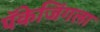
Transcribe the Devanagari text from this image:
पॅकेजिंगला